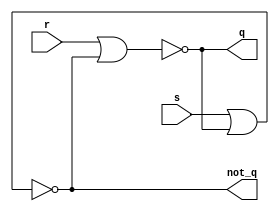
// SR Latch
module sr_latch(input wire s, r, output wire q, not_q);
	assign q = ~(r | not_q);
    assign not_q = ~(s | q);
endmodule

// D latch
module d_latch(input wire d, clk, output wire q, not_q);
	wire r,s;
    assign r = clk & (~d);
    assign s = clk & d;
    sr_latch sr_1(s, r, q, not_q);
endmodule